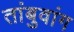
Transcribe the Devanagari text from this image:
तांबुवांग